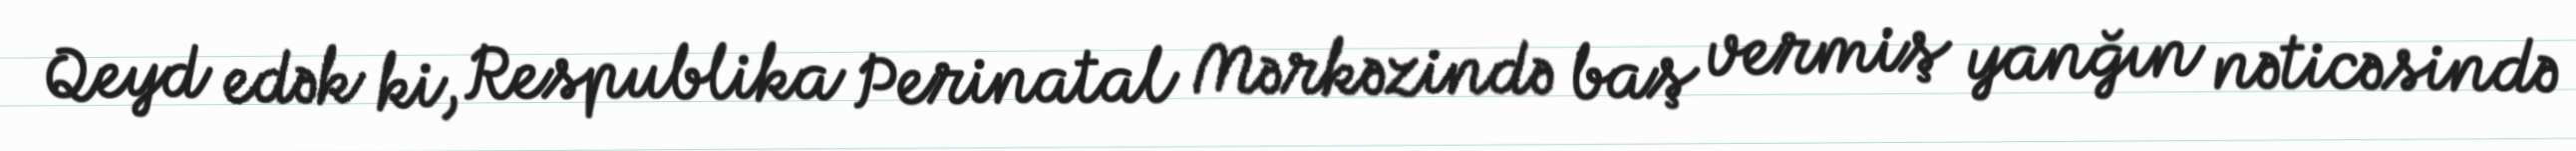
Qeyd edək ki, Respublika Perinatal Mərkəzində baş vermiş yanğın nəticəsində